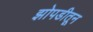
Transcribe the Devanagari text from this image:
झोपडीतून